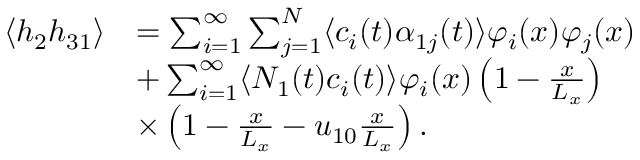
\begin{array} { r l } { \langle h _ { 2 } h _ { 3 1 } \rangle } & { = \sum _ { i = 1 } ^ { \infty } \sum _ { j = 1 } ^ { N } \langle c _ { i } ( t ) \alpha _ { 1 j } ( t ) \rangle \varphi _ { i } ( x ) \varphi _ { j } ( x ) } \\ & { + \sum _ { i = 1 } ^ { \infty } \langle N _ { 1 } ( t ) c _ { i } ( t ) \rangle \varphi _ { i } ( x ) \left( 1 - \frac { x } { L _ { x } } \right) } \\ & { \times \left( 1 - \frac { x } { L _ { x } } - u _ { 1 0 } \frac { x } { L _ { x } } \right) . } \end{array}